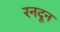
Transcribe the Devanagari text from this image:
रनदून